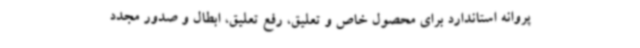
پروانه استاندارد برای محصول خاص و تعلیق، رفع تعلیق، ابطال و صدور مجدد